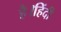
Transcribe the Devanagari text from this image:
है।हिंदी